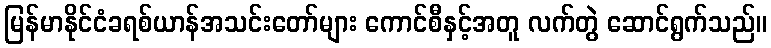
မြန်မာနိုင်ငံခရစ်ယာန်အသင်းတော်များ ကောင်စီနှင့်အတူ လက်တွဲ ဆောင်ရွက်သည်။